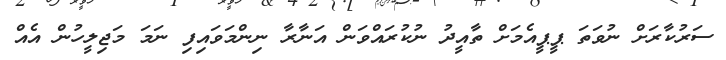
ސަރުކާރަށް ނުވަތަ ޕީޕީއެމަށް ތާއީދު ނުކުރައްވަން އަނާރާ ނިންމަވައިފި ނަމަ މަޖިލީހުން އެއް